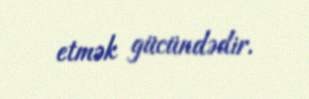
etmək gücündədir.